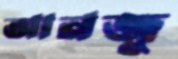
আনজু